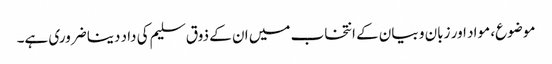
موضوع، مواد اور زبان و بیان کے انتخاب میں ان کے ذوق سلیم کی داد دینا ضروری ہے۔